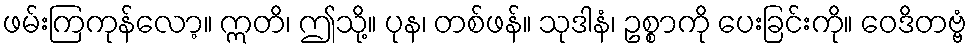
ဖမ်းကြကုန်လော့။ ဣတိ၊ ဤသို့။ ပုန၊ တစ်ဖန်။ သုဒါနံ၊ ဥစ္စာကို ပေးခြင်းကို။ ဝေဒိတဗ္ဗံ